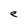
Character: e